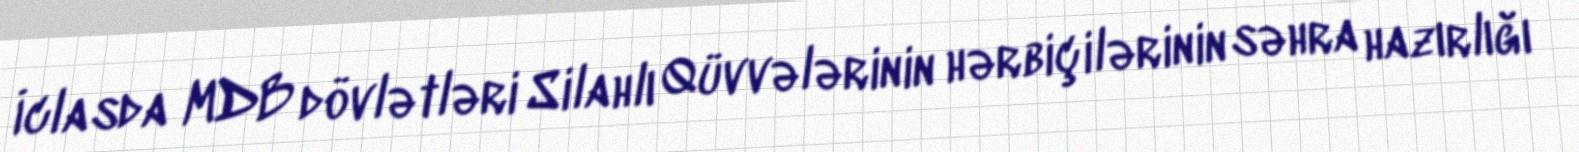
İclasda MDB dövlətləri Silahlı Qüvvələrinin hərbiçilərinin səhra hazırlığı